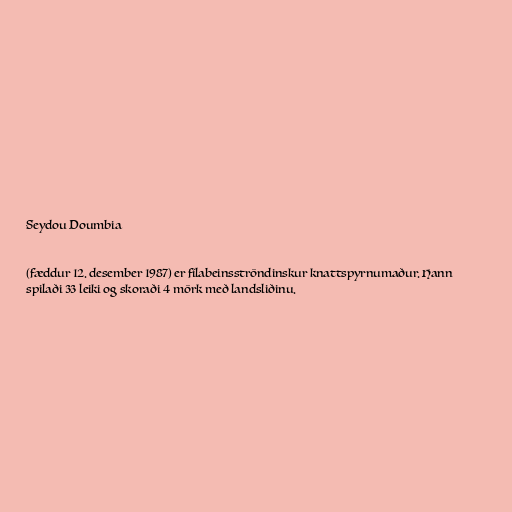
Seydou Doumbia

(fæddur 12. desember 1987) er fílabeinsströndinskur knattspyrnumaður. Hann
spilaði 33 leiki og skoraði 4 mörk með landsliðinu.